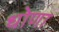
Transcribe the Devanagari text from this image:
धोणा